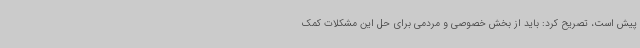
پیش است، تصریح کرد: باید از بخش خصوصی و مردمی برای حل این مشکلات کمک